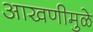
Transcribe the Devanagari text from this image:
आखणीमुळे